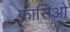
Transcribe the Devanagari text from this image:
फ़ासिओ